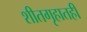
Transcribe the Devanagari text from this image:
शीतगृहातही